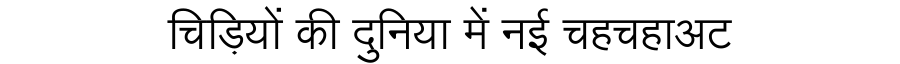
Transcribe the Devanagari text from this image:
चिड़ियों की दुनिया में नई चहचहाअट